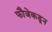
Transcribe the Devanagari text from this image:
फौजेकडून